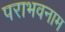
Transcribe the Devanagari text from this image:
पराभवनाम